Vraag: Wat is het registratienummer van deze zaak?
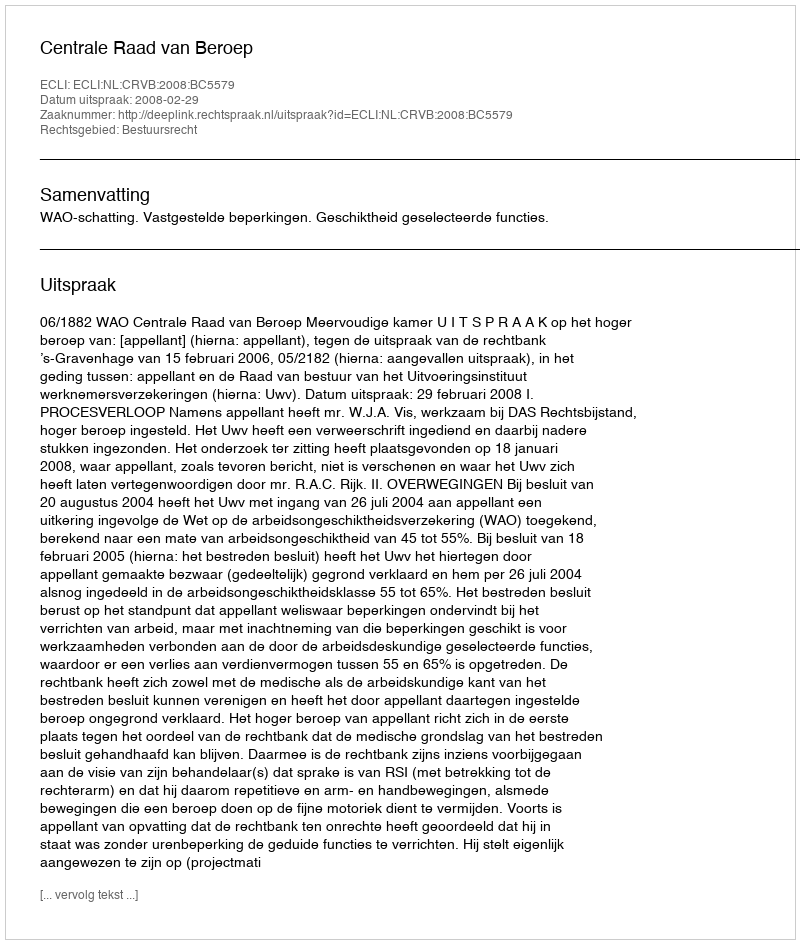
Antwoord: http://deeplink.rechtspraak.nl/uitspraak?id=ECLI:NL:CRVB:2008:BC5579